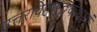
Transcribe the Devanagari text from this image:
उत्तरविहारट्टकथायं